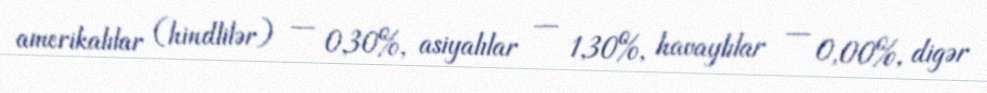
amerikalılar (hindlilər) — 0,30%, asiyalılar — 1,30%, havaylılar — 0,00%, digər